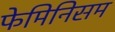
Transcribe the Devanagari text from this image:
फेमिनिसम